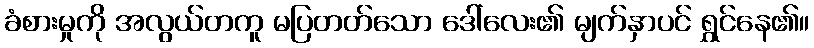
ခံစားမှုကို အလွယ်တကူ မပြတတ်သော ဒေါ်လေး၏ မျက်နှာပင် ရွှင်နေ၏။